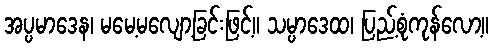
အပ္ပမာဒေန၊ မမေ့မလျော့ခြင်းဖြင့်။ သမ္ပာဒေထ၊ ပြည့်စုံကုန်လော့။